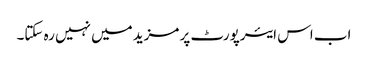
اب اس ایئرپورٹ پر مزید میں نہیں رہ سکتا۔